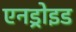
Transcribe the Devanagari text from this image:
एनड्रोइड